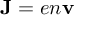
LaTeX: { \mathbf { J } } = e n { \mathbf { v } }